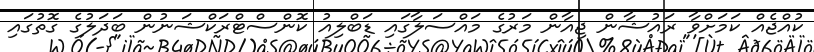
ކުއްޖެއް ކަމަށްވާ ރައުޝާން ޖިއާން މަރުގެ މައްސަލާގައި ޑަބްލިއު ކޮންސްޓްރަކްޝަނުން ބަދަލުގެ ގޮތުގައި